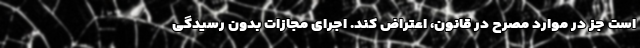
است جز در موارد مصرح در قانون، اعتراض کند. اجرای مجازات بدون رسیدگی